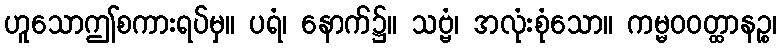
ဟူသောဤစကားရပ်မှ။ ပရံ၊ နောက်၌။ သဗ္ဗံ၊ အလုံးစုံသော။ ကမ္မဝဝတ္ထာနဉ္စ၊